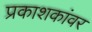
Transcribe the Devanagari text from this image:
प्रकाशकांवर